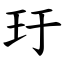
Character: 玗